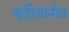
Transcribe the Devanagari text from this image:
कुप्रियानोव